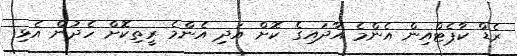
ރެޑް ކާޕެޓްއިން އެންމެ އާދައިގެ ކޮށް އަދި އެންމެ ރީތިކޮށް ހެދުން އެޅި